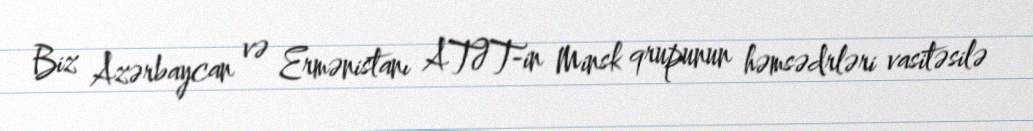
Biz Azərbaycan və Ermənistanı ATƏT-in Minsk qrupunun həmsədrləri vasitəsilə